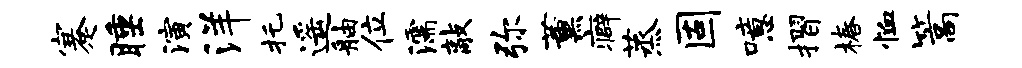
蹇睡演洋托遥舳位濡敲弥薰癖蒸固噫摺椿恤篙